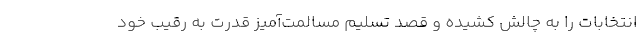
انتخابات را به چالش کشیده و قصد تسلیم مسالمت‌آمیز قدرت به رقیب خود